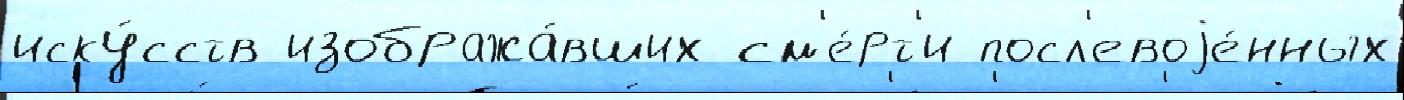
иску́сств изобража́вших см'е́рт'и посл'евоjе́нных